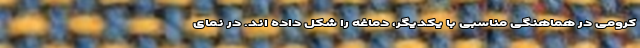
کرومی در هماهنگی مناسبی با یکدیگر، دماغه را شکل داده اند. در نمای